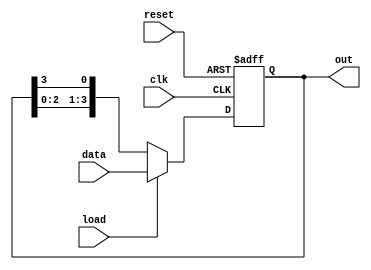
module loadable_ring_counter (
    input wire clk,          // Clock input
    input wire reset,        // Asynchronous reset signal
    input wire load,         // Load control signal
    input wire [N-1:0] data, // Load data input
    output reg [N-1:0] out   // Current state output
);
    
    parameter N = 4; // Define the number of flip-flops
    
    // Asynchronous reset and load operation
    always @(posedge clk or posedge reset) begin
        if (reset) begin
            out <= {N{1'b0}}; // Reset all flip-flops to 0
        end else if (load) begin
            out <= data; // Load new data into the counter
        end else begin
            // Shift operation for ring counter
            out <= {out[N-2:0], out[N-1]}; // Circular left shift
        end
    end
endmodule